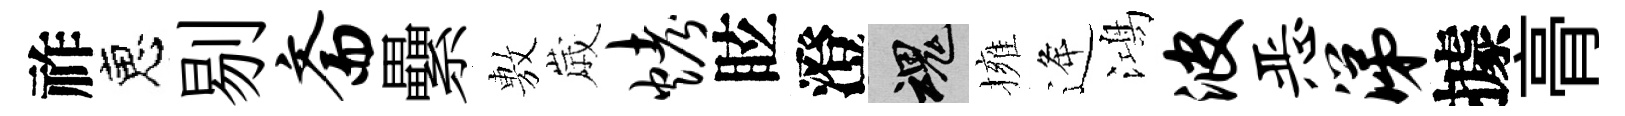
祚恵剔斋纍𢾾𡻕烤眩澄魂擁逄鴻波恶涕據𮌔